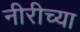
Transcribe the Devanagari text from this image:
नीरीच्या